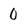
Character: 0